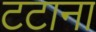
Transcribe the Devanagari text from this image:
टटाना